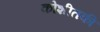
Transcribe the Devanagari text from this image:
कोशीतकी